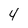
Character: 4